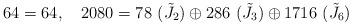
LaTeX: \begin{align*}64=64,\quad 2080=78\,\,(\tilde{J}_2)\oplus 286\,\,(\tilde{J}_3)\oplus1716\,\,(\tilde{J}_6) \end{align*}